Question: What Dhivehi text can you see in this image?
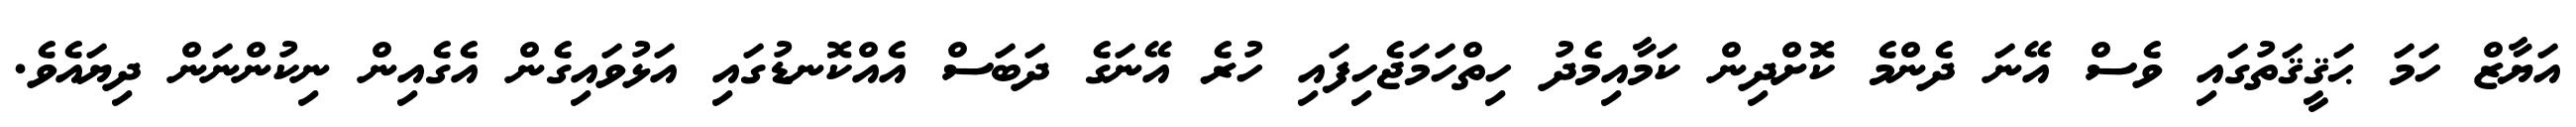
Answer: އަޔާޒް ހަމަ ޙަޤީޤަތުގައި ވެސް އޭނަ ދެންމެ ކޮށްދިން ކަމާއިމެދު ހިތްހަމަޖެހިފައި ހުރެ އޭނަގެ ދަބަސް އެއްކޮނޑުގައި އަޅުވައިގެން އެގެއިން ނިކުންނަން ދިޔައެވެ.